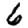
Digit: 6